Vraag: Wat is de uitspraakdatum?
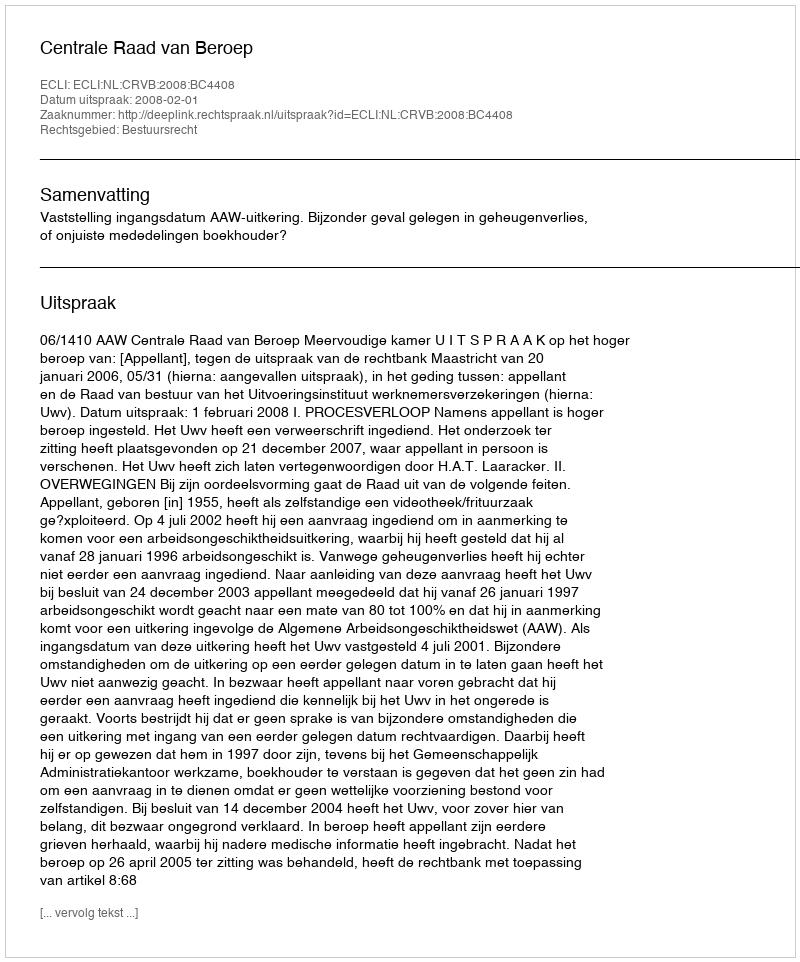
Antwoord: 2008-02-01